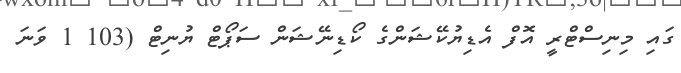
ގައި މިނިސްޓްރީ އޮފް އެޑިޔުކޭޝަންގެ ކޯޑިނޭޝަން ސަޕޯޓް ޔުނިޓް (103 1 ވަނަ